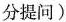
分提问)